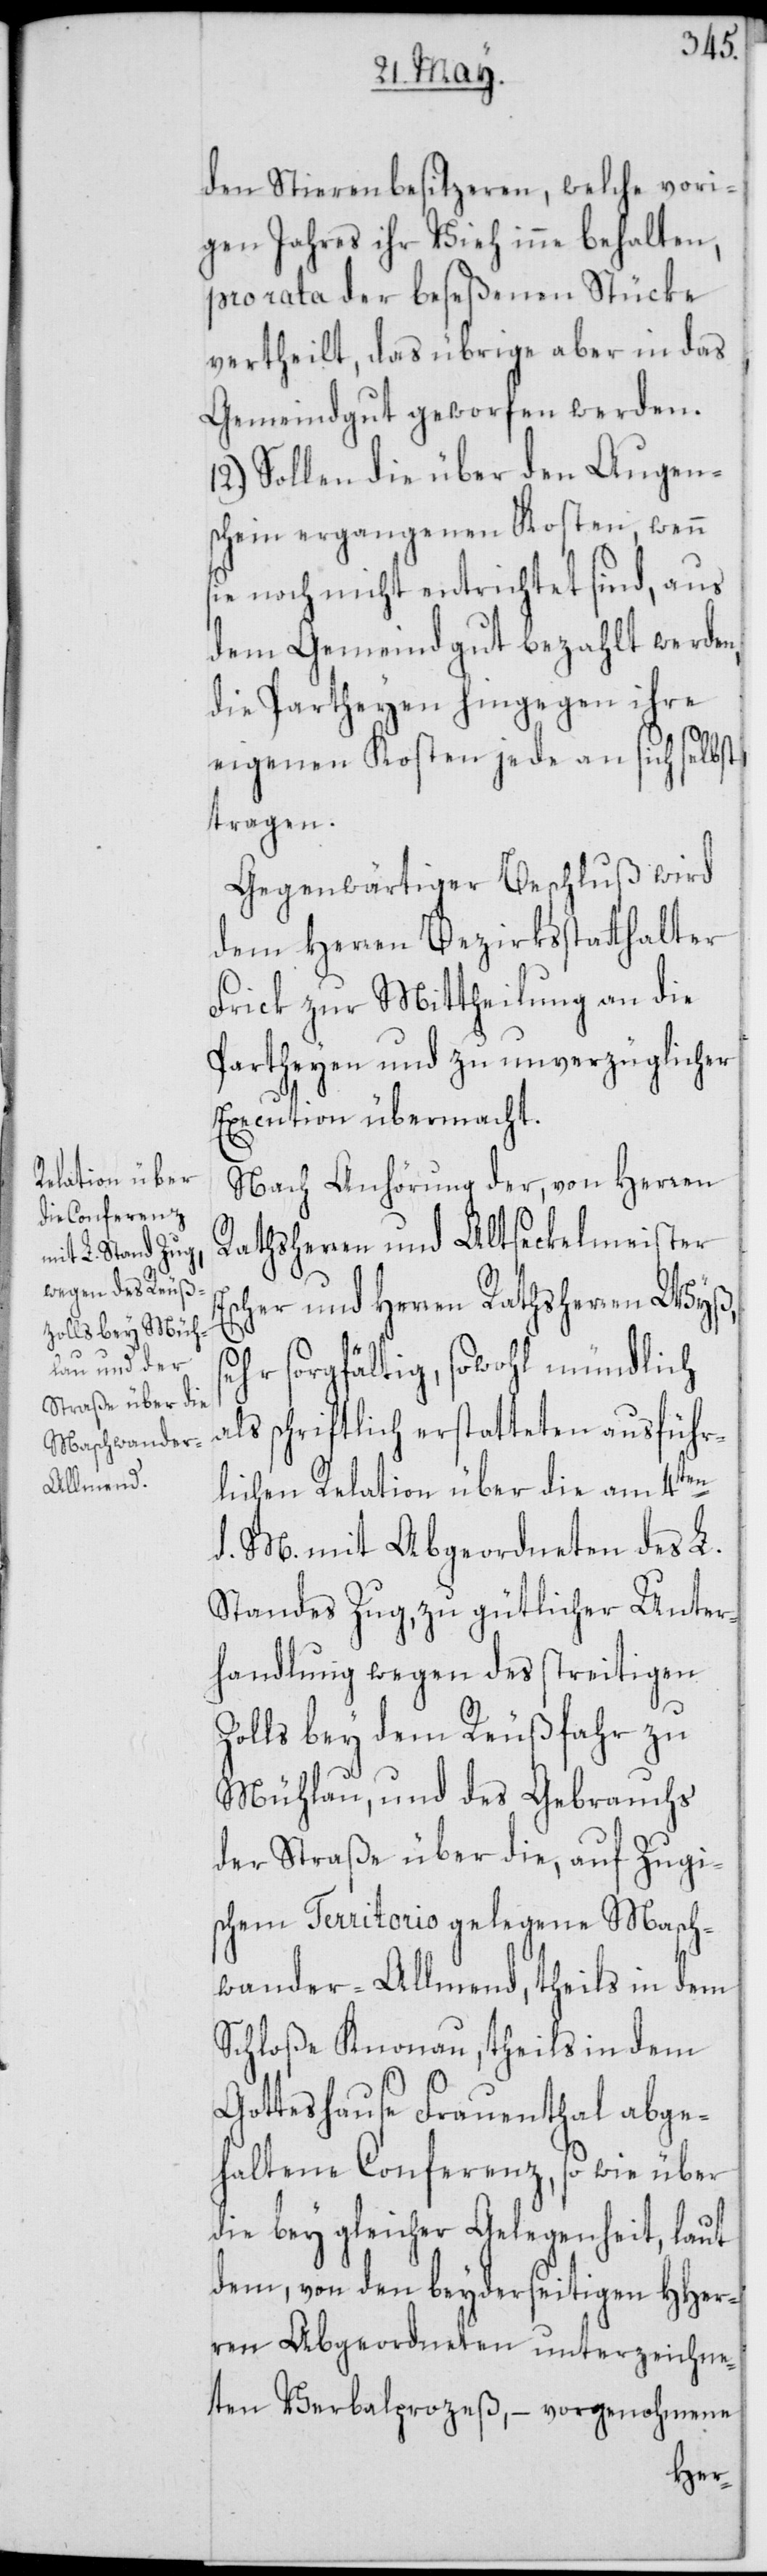
den Stierenbesitzeren, welche vori¬
gen Jahres ihr Vieh inne behalten,
pro rata der beseßenen Stücke
vertheilt, das übrige aber in das
Gemeindgut geworfen werden.
12.) Sollen die über den Augen¬
schein ergangenen Kosten, wenn
sie noch nicht entrichtet sind, aus
dem Gemeindgut bezahlt werden,
die Partheyen hingegen ihre
eigenen Kosten jede an sich selbst,
tragen.
Gegenwärtiger Beschluß wird
dem Herren Bezirksstatthalter
Frick zur Mittheilung an die
Partheyen und zu unverzüglicher
Execution übermacht.
Nach Anhörung der, von Herren
Rathsherren und Altseckelmeister
Escher und Herren Rathsherren Wyß, s¬
ehr sorgfältig, sowohl mündlich
schriftlich erstatteten ausführ¬
lichen Relation über die am 4ten
d. M. mit Abgeordneten des L.
Standes Zug, zu gütlicher Unter¬
handlung wegen des streitigen
Zolls bey dem Reußfahr zu
Mühlau, und des Gebrauchs
der Straße über die, auf Zugi¬
schem Territorio gelegene Masch¬
wander-Allmend, theils in dem
Schloße Knonau, theils in dem
Gotteshause Frauenthal abge¬
haltene Conferenz, so wie über
die bey gleicher Gelegenheit, laut
dem, von den beyderseitigen HHer¬
ren Abgeordneten unterzeichne¬
ten Verbalprozeß, – vorgenohmene